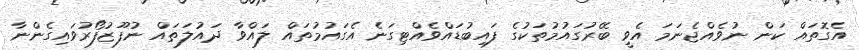
އެގޮތައް ކަން ނުވެއްޖެނަމަ އެވީ ބޭރުގައުމުތަކުގެ ފައިބުޑައްވެއްޓިގަނެ އެގައުމުތައް ލައްވާ ދައުލަތައް ނުފޫޒުފޯރުވައިގެންނާ